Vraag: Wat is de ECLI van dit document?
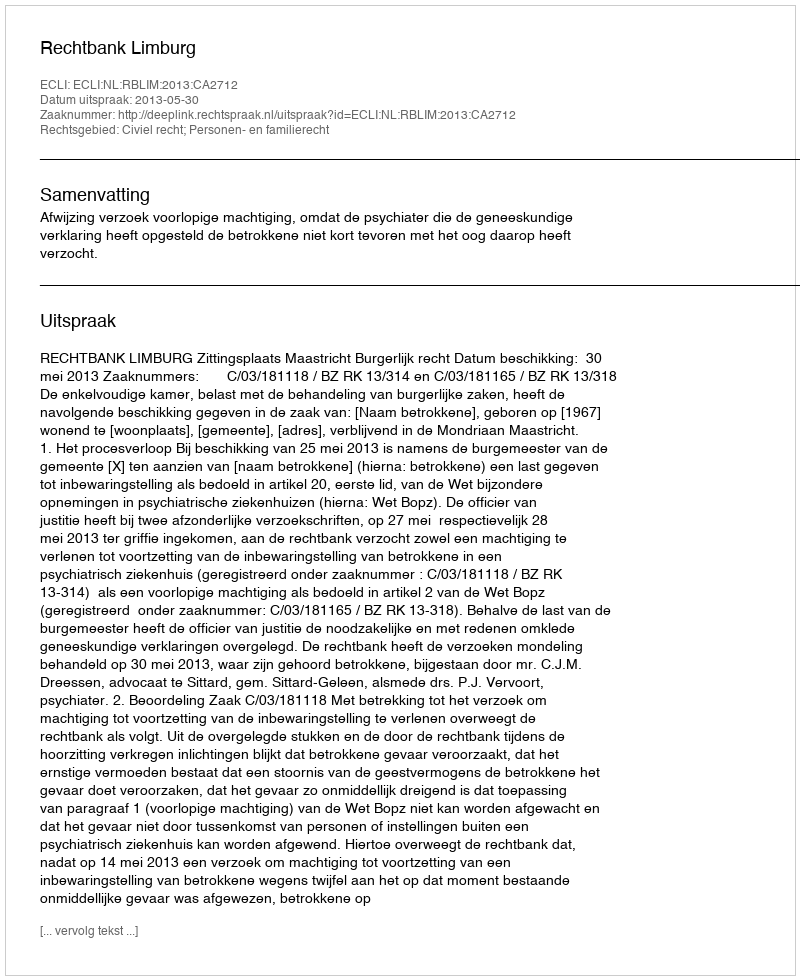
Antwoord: ECLI:NL:RBLIM:2013:CA2712